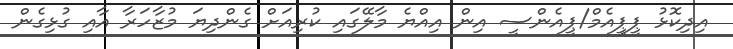
އިދިކޮޅު ޕީޕީއެމް/ޕީއެންސީ އިން އިއްޔެ މާލޭގައި ކުރިއަށް ގެންދިޔަ މުޒާހަރާ އާއި ގުޅިގެން